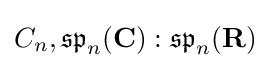
C_{n},{\mathfrak {sp}}_{n}(\mathbf {C} ):{\mathfrak {sp}}_{n}(\mathbf {R} )